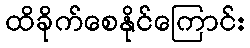
ထိခိုက်စေနိုင်ကြောင်း